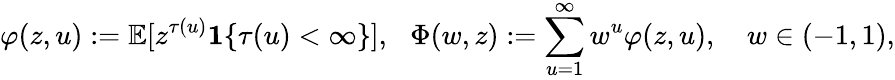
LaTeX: \varphi(z,u):=\mathbb{E}[z^{\tau(u)}\mathbf{1}\{ \tau(u)<\infty\} ],\: \: \: \Phi(w,z):=\sum_{u=1}^{\infty}w^{u}\varphi(z,u),\quad w\in(-1,1),